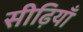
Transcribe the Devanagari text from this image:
सीढ़ियाँ